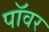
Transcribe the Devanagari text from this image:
पाॅवर